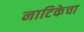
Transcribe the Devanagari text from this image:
नाटिकेचा